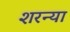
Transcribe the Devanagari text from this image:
शरन्या